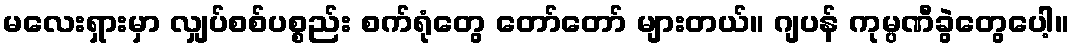
မလေးရှားမှာ လျှပ်စစ်ပစ္စည်း စက်ရုံတွေ တော်တော် များတယ်။ ဂျပန် ကုမ္ပဏီခွဲတွေပေါ့။